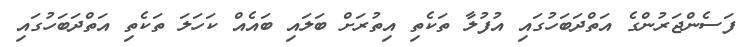
ފަސެންޖަރުންގެ އަތްދަބަހުގައި އުފުލާ ތަކެތި އިތުރަށް ބަލައި ބައެއް ކަހަލަ ތަކެތި އަތްދަބަހުގައި